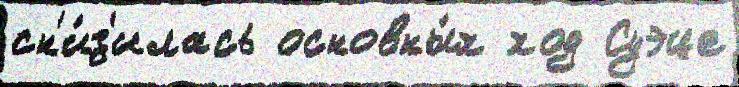
сн'и́з'илась основны́х ход Суэце